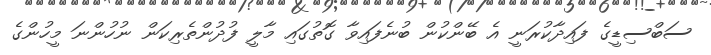
ސަބްސިޑީގެ ފައިދާކުރަނީ އެ ބޭންކުން ބުނެފައިވާ ގޮތުގައި މާލީ ފުދުންތެރިކަން ނުހުންނަ މީހުންގެ